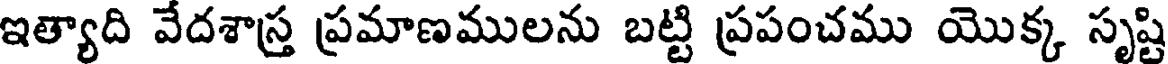
ఇత్యాది వేదశాస్త్ర ప్రమాణములను బట్టి ప్రపంచము యొక్క సృష్టి